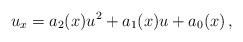
LaTeX: \begin{align*}u_x=a_2(x)u^2+a_1(x)u+a_0(x)\,,\end{align*}